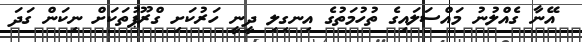
އޭނާ ގެއްލުނު މައްސަލައިގެ ތުހުމަތުގެ އިނގިލި ދީނީ ހަރުކަށި ގްރޫޕުތަކަށް ނިކަން ގަދަ